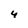
Character: 4